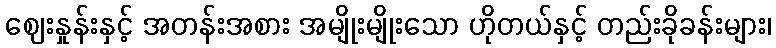
ဈေးနှုန်းနှင့် အတန်းအစား အမျိုးမျိုးသော ဟိုတယ်နှင့် တည်းခိုခန်းများ၊